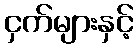
ငှက်များနှင့်